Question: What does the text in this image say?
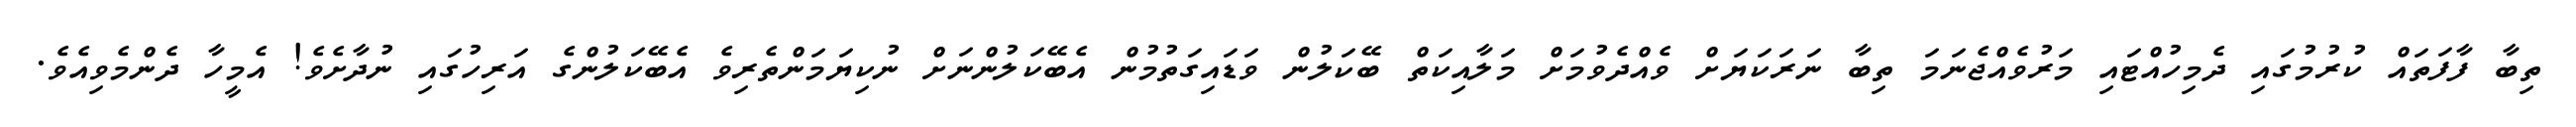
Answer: ތިބާ ފާފަތައް ކުރުމުގައި ދެމިހުއްޓައި މަރުވެއްޖެނަމަ ތިބާ ނަރަކަޔަށް ވެއްދެވުމަށް މަލާއިކަތް ބޭކަލުން ވަޑައިގަތުމުން އެބޭކަލުންނަށް ނުކިޔަމަންތެރިވެ އެބޭކަލުންގެ އަރިހުގައި ނުދާށެވެ! އެމީހާ ދެންމެވިއެވެ.